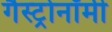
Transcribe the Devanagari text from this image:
गैस्ट्रोनॉमी